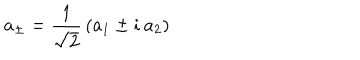
a _ { \pm } = { \frac { 1 } { \sqrt 2 } } \left( a _ { 1 } \pm i \: a _ { 2 } \right)